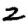
Digit: 2